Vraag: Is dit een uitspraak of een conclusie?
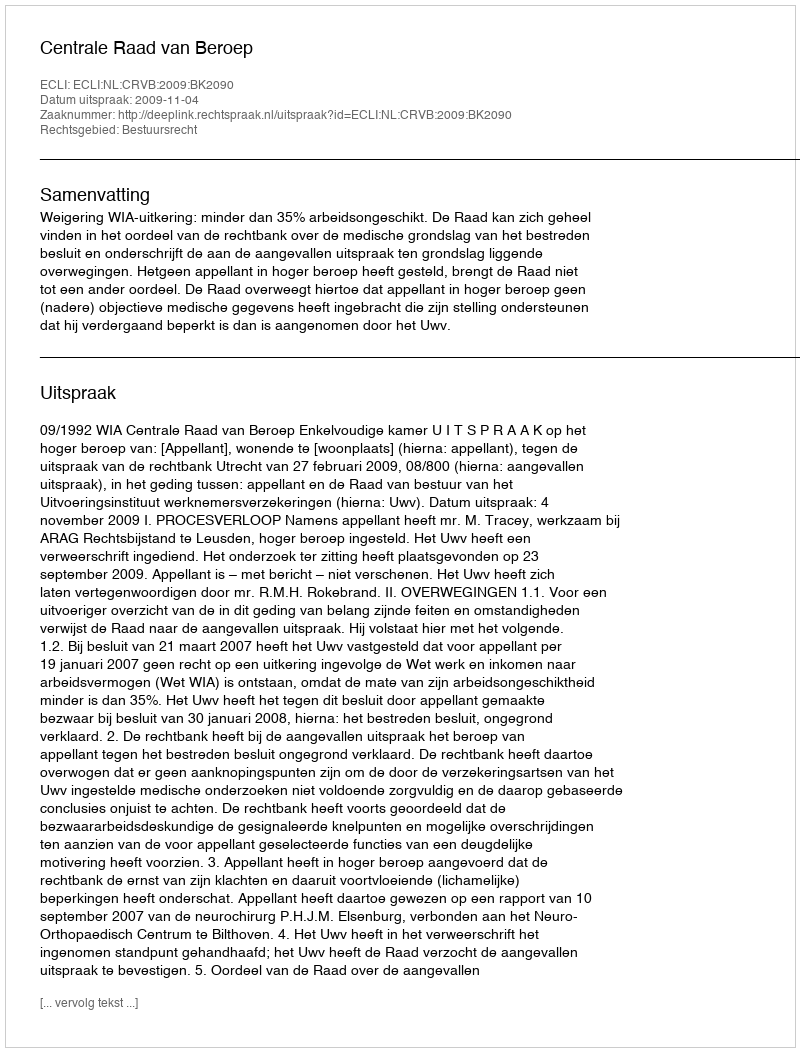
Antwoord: Uitspraak